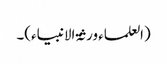
(العلماء ورثۃ الانبیاء)۔